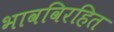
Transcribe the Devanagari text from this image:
भावविरहित